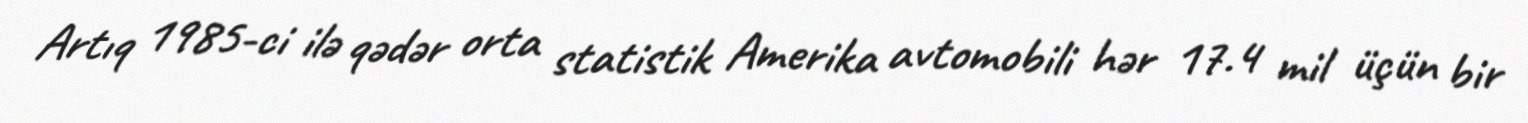
Artıq 1985-ci ilə qədər orta statistik Amerika avtomobili hər 17.4 mil üçün bir